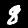
Digit: 8